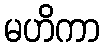
မဟိကာ